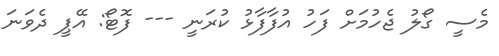
މެސީ ގޯލު ޖެހުމަށް ފަހު އުފާފާޅު ކުރަނީ --- ފޮޓޯ: އޭޕީ ދެވަނަ